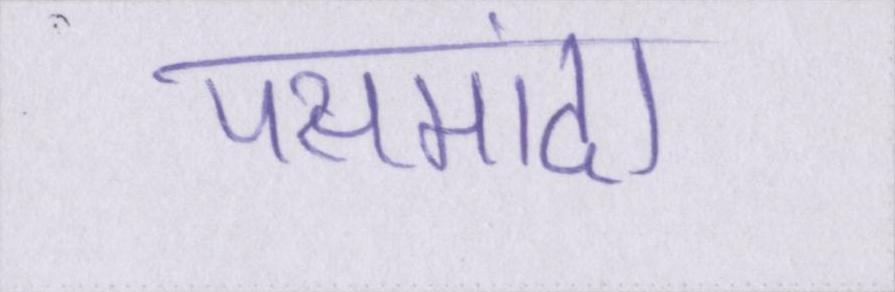
पसमांदा